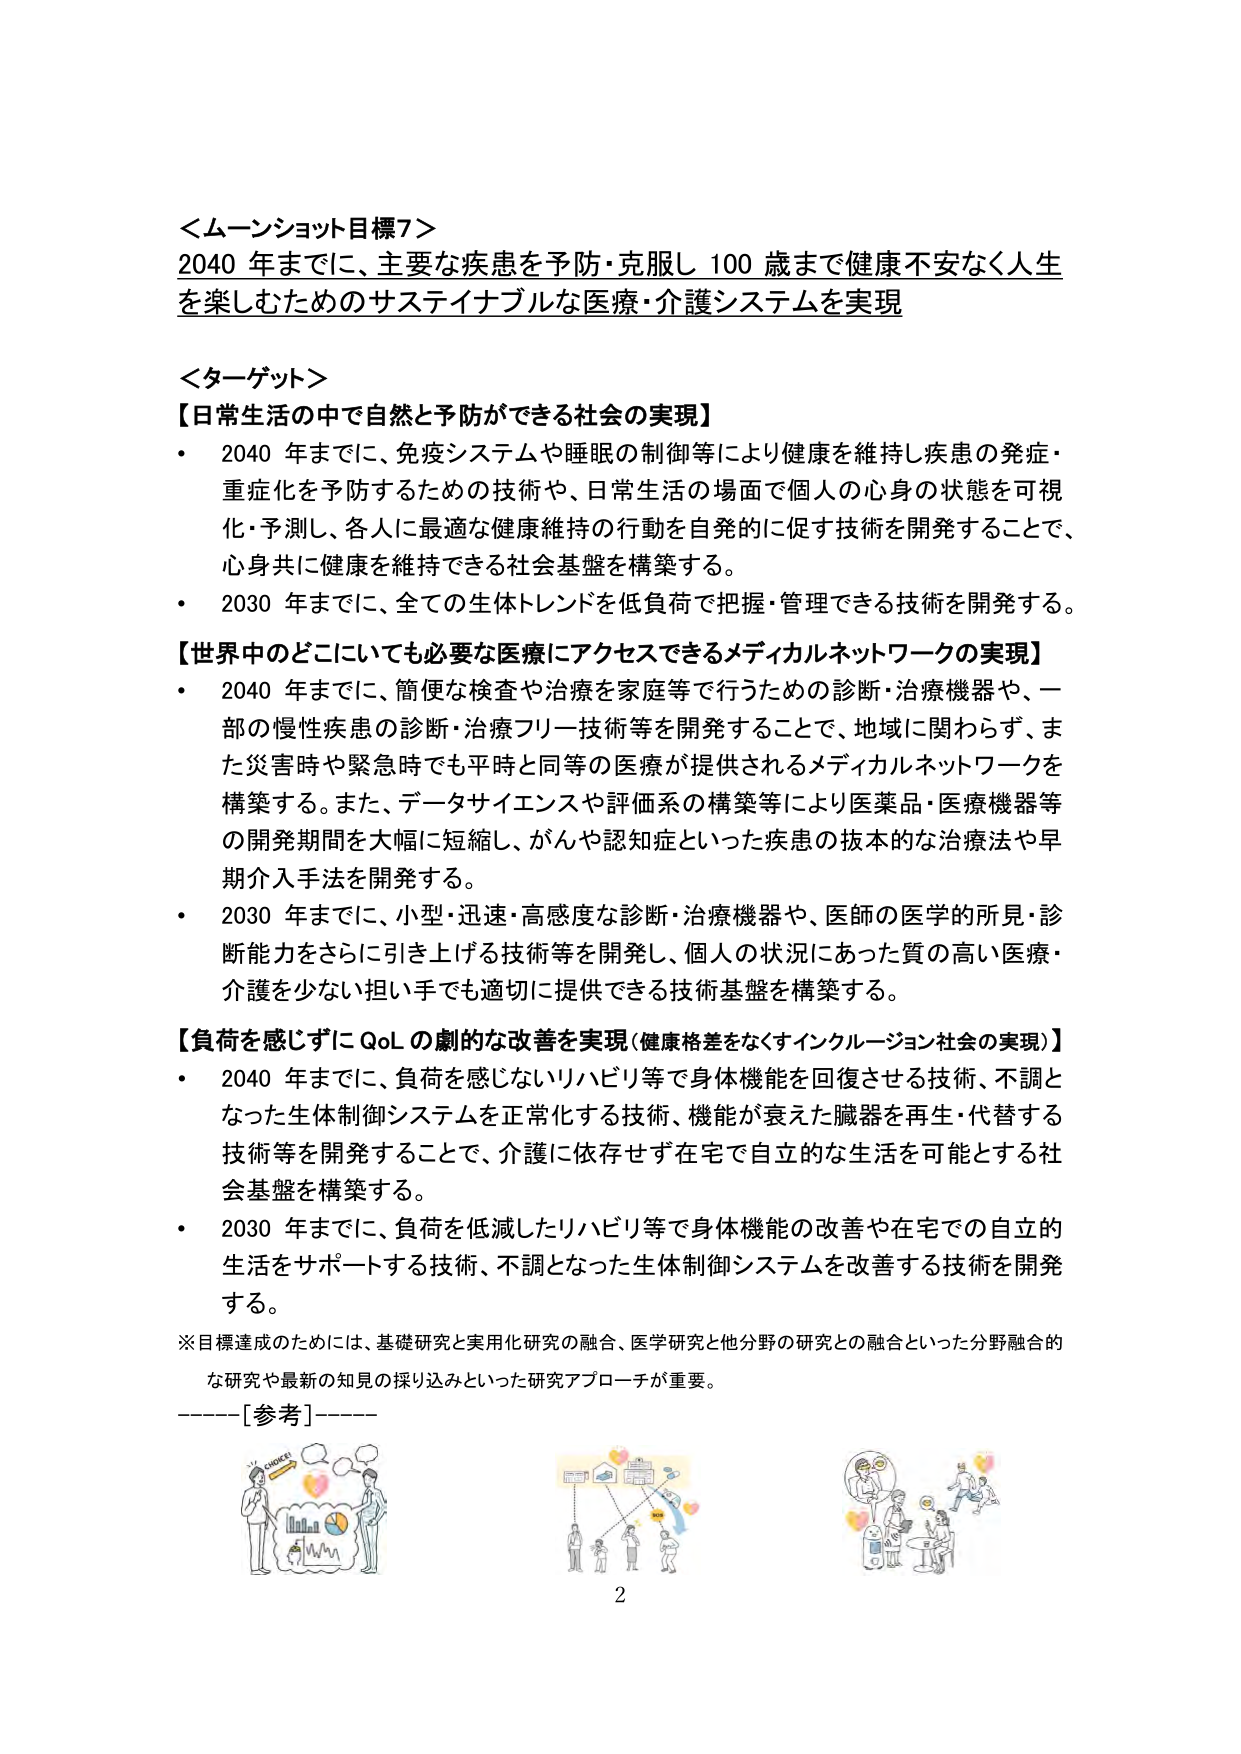
＜ムーンショット目標7＞
2040 年までに、主要な疾患を予防・克服し 100 歳まで健康不安なく人生を楽しむためのサステイナブルな医療・介護システムを実現

＜ターゲット＞
【日常生活の中で自然と予防ができる社会の実現】
・ 2040 年までに、免疫システムや睡眠の制御等により健康を維持し疾患の発症・重症化を予防するための技術や、日常生活の場面で個人の心身の状態を可視化・予測し、各人に最適な健康維持の行動を自発的に促す技術を開発することで、心身共に健康を維持できる社会基盤を構築する。
・ 2030 年までに、全ての生体トレンドを低負荷で把握・管理できる技術を開発する。

【世界中のどこにいても必要な医療にアクセスできるメディカルネットワークの実現】
・ 2040 年までに、簡便な検査や治療を家庭等で行うための診断・治療機器や、一部の慢性疾患の診断・治療フリー技術等を開発することで、地域に関わらず、また災害時や緊急時でも平時と同等の医療が提供されるメディカルネットワークを構築する。また、データサイエンスや評価系の構築等により医薬品・医療機器等の開発期間を大幅に短縮し、がんや認知症といった疾患の抜本的な治療法や早期介入手法を開発する。
・ 2030 年までに、小型・迅速・高感度な診断・治療機器や、医師の医学的所見・診断能力をさらに引き上げる技術等を開発し、個人の状況にあった質の高い医療・介護を少ない担い手でも適切に提供できる技術基盤を構築する。

【負荷を感じずに QoL の劇的な改善を実現（健康格差をなくすインクルージョン社会の実現）】
・ 2040 年までに、負荷を感じないリハビリ等で身体機能を回復させる技術、不調となった生体制御システムを正常化する技術、機能が衰えた臓器を再生・代替する技術等を開発することで、介護に依存せず在宅で自立的な生活を可能とする社会基盤を構築する。
・ 2030 年までに、負荷を低減したリハビリ等で身体機能の改善や在宅での自立的生活をサポートする技術、不調となった生体制御システムを改善する技術を開発する。

※目標達成のためには、基礎研究と実用化研究の融合、医学研究と他分野の研究との融合といった分野融合的な研究や最新の知見の採り込みといった研究アプローチが重要。

------[参考]------

2